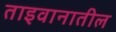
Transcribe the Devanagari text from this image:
ताइवानातील